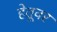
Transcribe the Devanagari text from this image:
हेतूवर